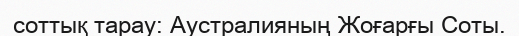
соттық тарау: Аустралияның Жоғарғы Соты.